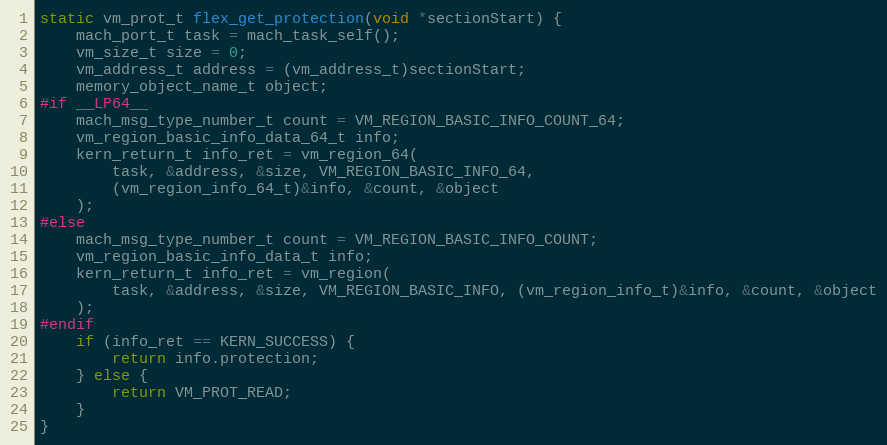
Language: C
static vm_prot_t flex_get_protection(void *sectionStart) {
    mach_port_t task = mach_task_self();
    vm_size_t size = 0;
    vm_address_t address = (vm_address_t)sectionStart;
    memory_object_name_t object;
#if __LP64__
    mach_msg_type_number_t count = VM_REGION_BASIC_INFO_COUNT_64;
    vm_region_basic_info_data_64_t info;
    kern_return_t info_ret = vm_region_64(
        task, &address, &size, VM_REGION_BASIC_INFO_64,
        (vm_region_info_64_t)&info, &count, &object
    );
#else
    mach_msg_type_number_t count = VM_REGION_BASIC_INFO_COUNT;
    vm_region_basic_info_data_t info;
    kern_return_t info_ret = vm_region(
        task, &address, &size, VM_REGION_BASIC_INFO, (vm_region_info_t)&info, &count, &object
    );
#endif
    if (info_ret == KERN_SUCCESS) {
        return info.protection;
    } else {
        return VM_PROT_READ;
    }
}